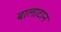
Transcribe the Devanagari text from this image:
बालाटान